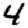
Digit: 4